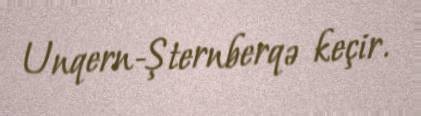
Unqern-Şternberqə keçir.